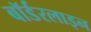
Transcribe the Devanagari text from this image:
बॉर्डरलाइन